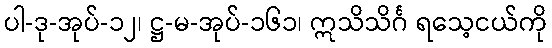
ပါ-ဒု-အုပ်-၁၂၊ ဋ္ဌ-မ-အုပ်-၁၆၁၊ ဣသိသိင်္ဂ ရသေ့ငယ်ကို